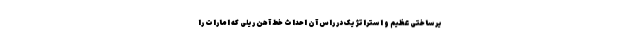
یرساختی عظیم و استراتژیک در راس آن احداث خط آهن ریلی که امارات را